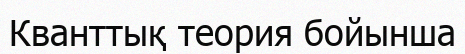
Кванттық теория бойынша